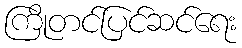
ကြိုတင်ပြင်ဆင်ရေး